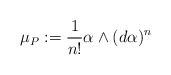
\begin{align*}\mu_P:=\frac{1}{n!}\alpha\wedge (d\alpha)^n\end{align*}